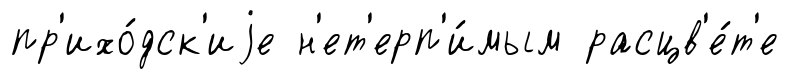
пр'ихо́дск'иjе н'ет'ерп'и́мым расцв'е́т'е